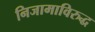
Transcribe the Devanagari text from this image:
निजामाविरुद्ध